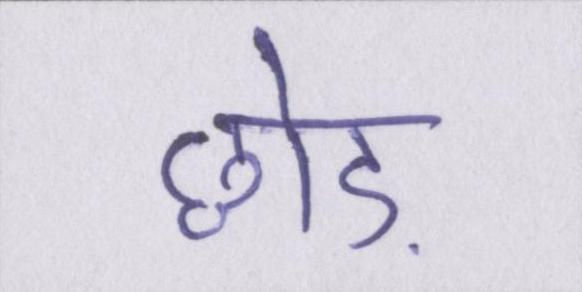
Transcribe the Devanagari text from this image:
छोड़